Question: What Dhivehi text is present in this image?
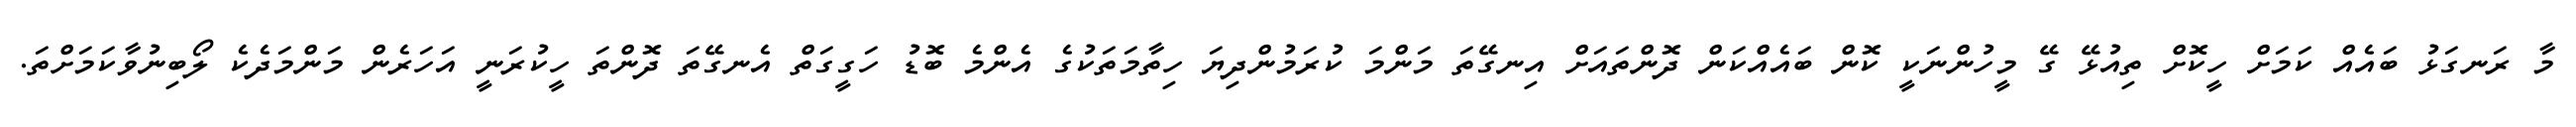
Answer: މާ ރަނގަޅު ބައެއް ކަމަށް ހީކޮށް ތިއުޅޭ ގޭ މީހުންނަކީ ކޮން ބައެއްކަން ދޮންތައަށް އިނގޭތަ މަންމަ ކުރަމުންދިޔަ ހިތާމަތަކުގެ އެންމެ ބޮޑު ހަގީގަތް އެނގޭތަ ދޮންތަ ހީކުރަނީ އަހަރެން މަންމަދެކެ ލޯބިނުވާކަމަށްތަ.